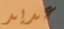
عديد